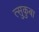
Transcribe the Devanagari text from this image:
त्सुकुबा